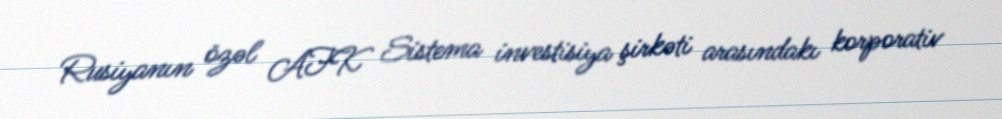
Rusiyanın özəl AFK Sistema investisiya şirkəti arasındakı korporativ